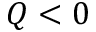
Q < 0